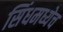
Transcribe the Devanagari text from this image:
सिंधमध्येच